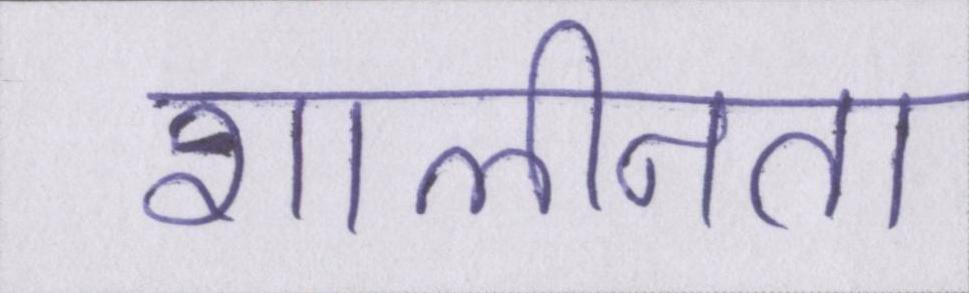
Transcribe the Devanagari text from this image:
शालीनता